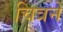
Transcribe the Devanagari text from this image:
चित्रने